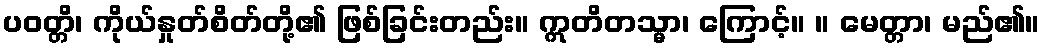
ပဝတ္တိ၊ ကိုယ်နှုတ်စိတ်တို့၏ ဖြစ်ခြင်းတည်း။ ဣတိတသ္မာ၊ ကြောင့်။ ။ မေတ္တာ၊ မည်၏။